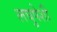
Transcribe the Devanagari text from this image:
लघुपेशी